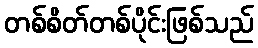
တစ်စိတ်တစ်ပိုင်းဖြစ်သည်